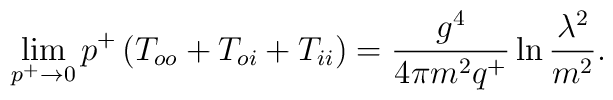
\lim_{p^+\rightarrow 0} p^+\left(T_{oo}+T_{oi}+T_{ii}\right)= \frac{g^4}{4\pi m^2q^+} \ln \frac{\lambda^2}{m^2}.